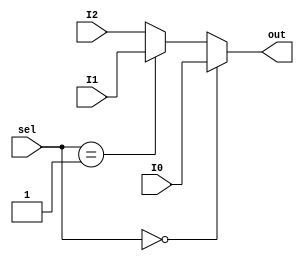
module mux3to1_32b (input [31:0] I0, I1, I2,input [1:0] sel,output [31:0] out);
    assign out = (sel == 2'b00) ? I0:
    		 (sel == 2'b01) ? I1: I2;
endmodule